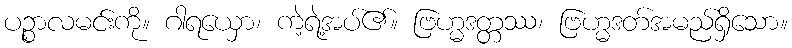
ပဉ္စာလမင်းကို။ ဂါရယှော၊ ကဲ့ရဲ့အပ်၏။ ဗြဟ္မဒတ္တဿ၊ ဗြဟ္မဒတ်အမည်ရှိသော။